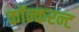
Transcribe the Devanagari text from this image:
कॉन्करन्ट